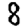
Digit: 8